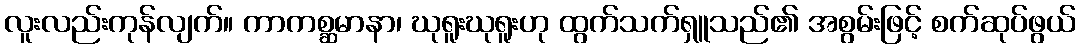
လူးလည်းကုန်လျက်။ ကာကစ္ဆမာနာ၊ ဃုရူးဃုရူးဟု ထွက်သက်ရှူသည်၏ အစွမ်းဖြင့် စက်ဆုပ်ဖွယ်